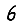
Digit: 6